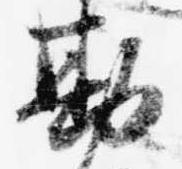
勘